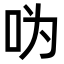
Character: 𠯠